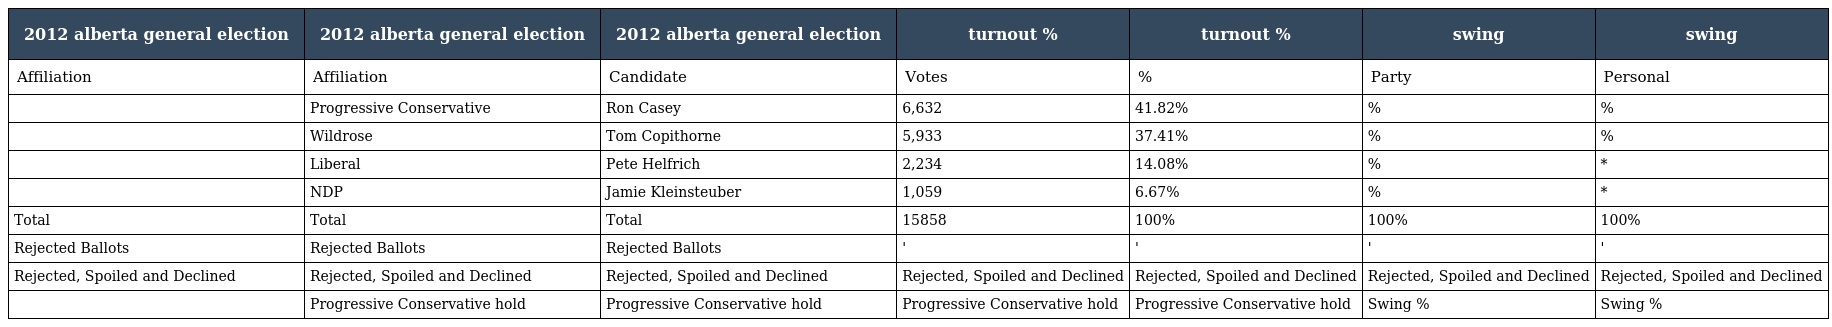
| 2012 alberta general election | 2012 alberta general election | 2012 alberta general election | turnout % | turnout % | swing | swing |
 | --- | --- | --- | --- | --- | --- | --- |
 | Affiliation | Affiliation | Candidate | Votes | % | Party | Personal |
 |  | Progressive Conservative | Ron Casey | 6,632 | 41.82% | % | % |
 |  | Wildrose | Tom Copithorne | 5,933 | 37.41% | % | % |
 |  | Liberal | Pete Helfrich | 2,234 | 14.08% | % | * |
 |  | NDP | Jamie Kleinsteuber | 1,059 | 6.67% | % | * |
 | Total | Total | Total | 15858 | 100% | 100% | 100% |
 | Rejected Ballots | Rejected Ballots | Rejected Ballots | ' | ' | ' | ' |
 | Rejected, Spoiled and Declined | Rejected, Spoiled and Declined | Rejected, Spoiled and Declined | Rejected, Spoiled and Declined | Rejected, Spoiled and Declined | Rejected, Spoiled and Declined | Rejected, Spoiled and Declined |
 |  | Progressive Conservative hold | Progressive Conservative hold | Progressive Conservative hold | Progressive Conservative hold | Swing % | Swing % |